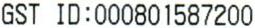
GST ID:000801587200